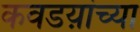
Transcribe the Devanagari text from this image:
कवडय़ांच्या